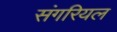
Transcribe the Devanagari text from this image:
संगरियल